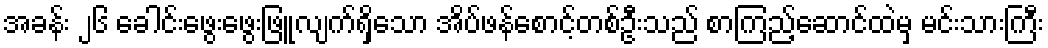
အခန်း ၂၆ ခေါင်းဖွေးဖွေးဖြူလျက်ရှိသော အိပ်ဖန်စောင့်တစ်ဦးသည် စာကြည့်ဆောင်ထဲမှ မင်းသားကြီး